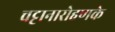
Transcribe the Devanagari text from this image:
चट्टानारोहणके